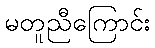
မတူညီကြောင်း